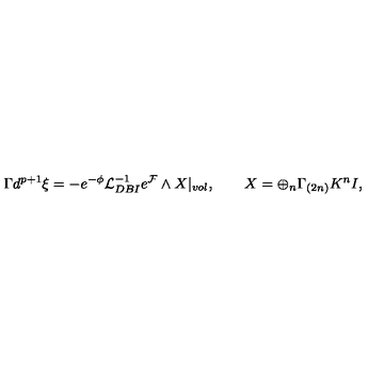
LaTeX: \Gamma d ^ { p + 1 } \xi = - e ^ { - \phi } { \cal L } _ { D B I } ^ { - 1 } e ^ { \cal F } \wedge X | _ { v o l } , \qquad X = \oplus _ { n } \Gamma _ { ( 2 n ) } K ^ { n } I ,